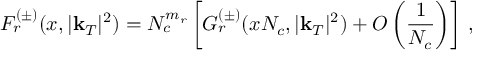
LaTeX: F _ { r } ^ { ( \pm ) } ( x , | \mathbf { k } _ { T } | ^ { 2 } ) = N _ { c } ^ { m _ { r } } \left[ G _ { r } ^ { ( \pm ) } ( x N _ { c } , | \mathbf { k } _ { T } | ^ { 2 } ) + O \left( \frac { 1 } { N _ { c } } \right) \right] \, ,